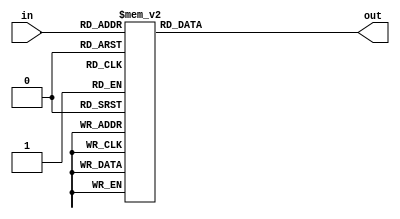
module decoder_3_to_8(in,out);
	input [2:0] in;
	output [7:0] out;
	
	reg [7:0] out;
	
	always @(in)
		begin
			case(in)
				3'b000:out=8'b11111110;
				3'b001:out=8'b11111101;
				3'b010:out=8'b11111011;
				3'b011:out=8'b11110111;
				3'b100:out=8'b11101111;
				3'b101:out=8'b11011111;
				3'b110:out=8'b10111111;
				3'b111:out=8'b01111111;
			endcase
		end
endmodule